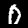
Label: 0